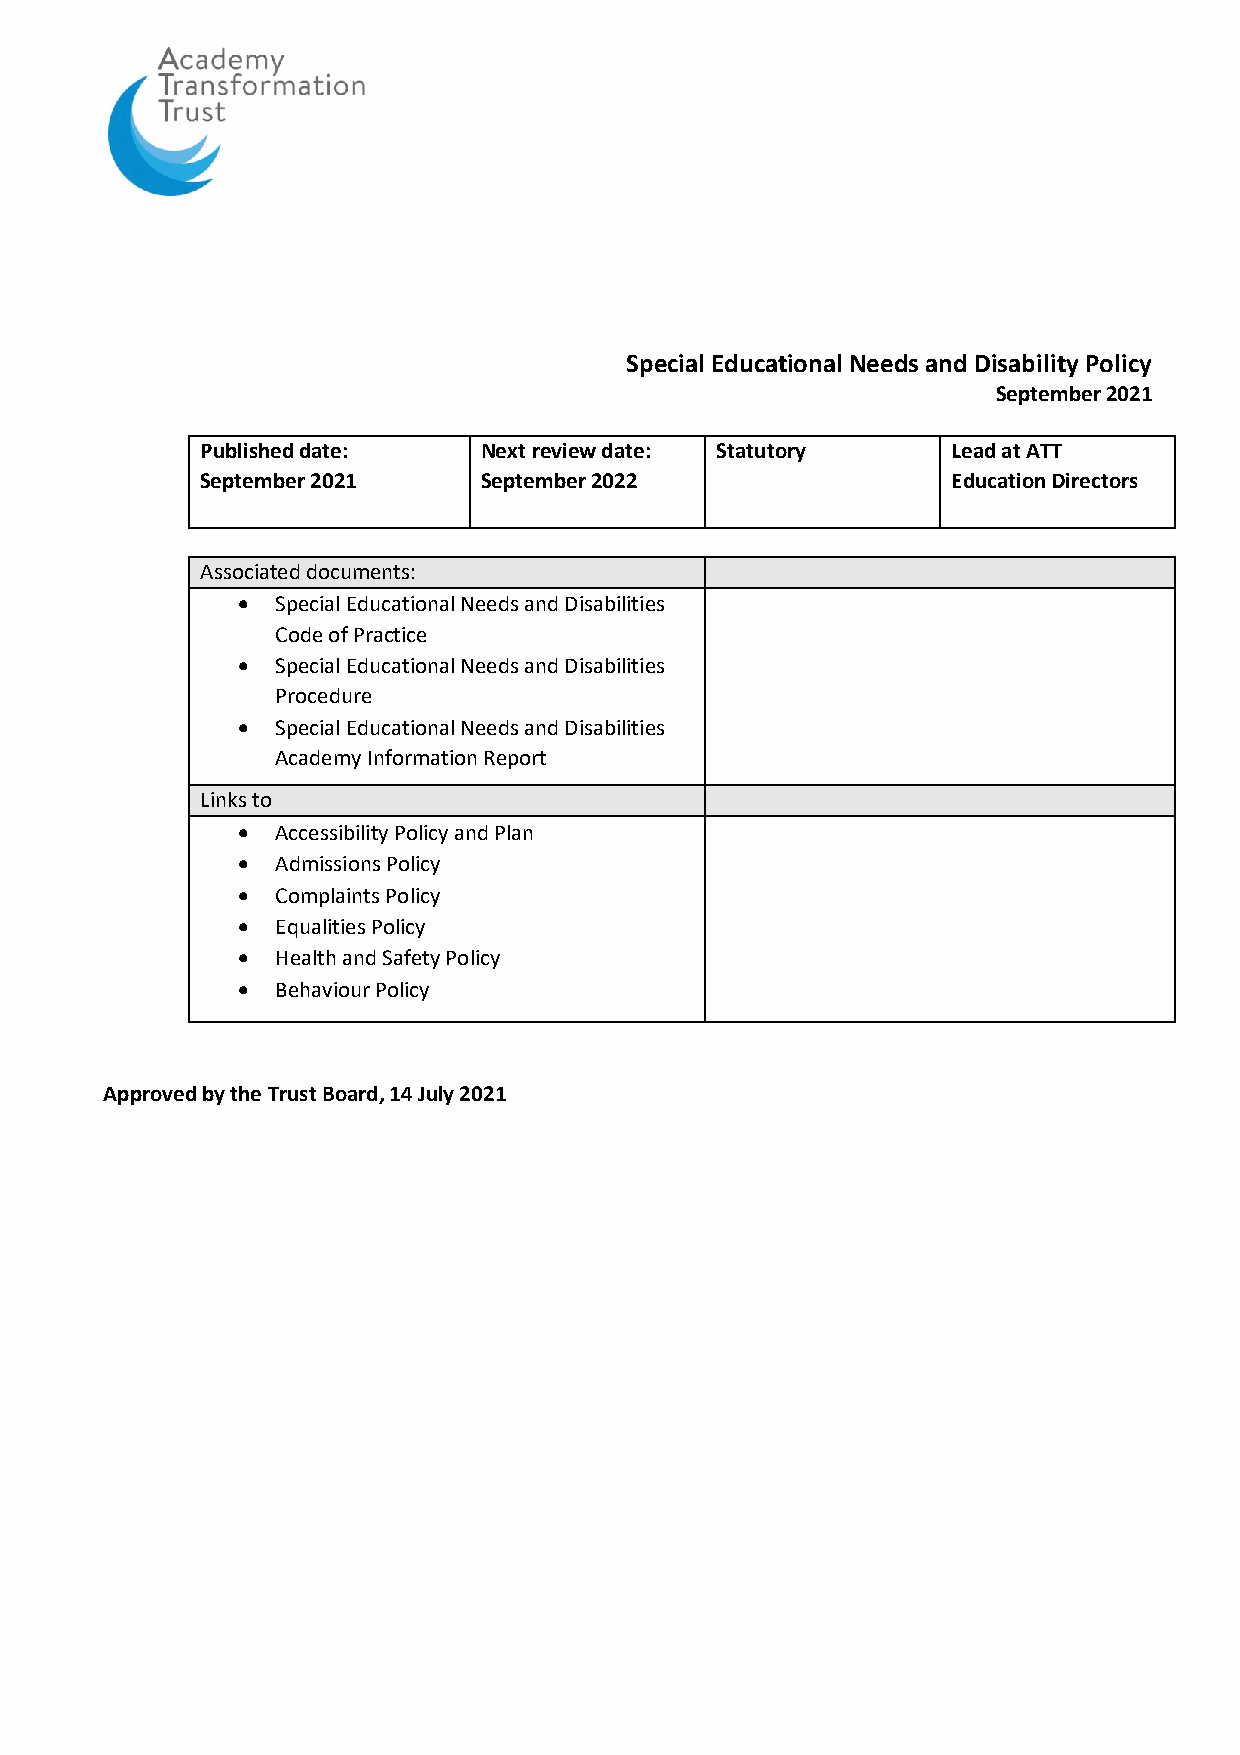
Special Educational Needs and Disability Policy
 September 2021
 Published date:    Next review date: Statutory    Lead at ATT
 September 2021     September 2022                 Education Directors
 Associated documents:
 • Special Educational Needs and Disabilities
 Code of Practice
 • Special Educational Needs and Disabilities
 Procedure
 • Special Educational Needs and Disabilities
 Academy Information Report
 Links to
 • Accessibility Policy and Plan
 • Admissions Policy
 • Complaints Policy
 • Equalities Policy
 • Health and Safety Policy
 • Behaviour Policy
 Approved by the Trust Board, 14 July 2021